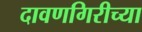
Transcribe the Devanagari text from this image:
दावणगिरीच्या